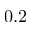
0 . 2